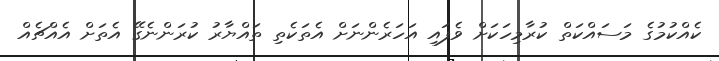
ކެއްކުމުގެ މަސައްކަތް ކުރާމިހަކަށް ވެފައި އަހަރެންނަށް އެތަކެތި ތައްޔާރު ކުރަންނެގޭ އެތަށް އެއްޗެއް